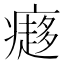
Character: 㿐